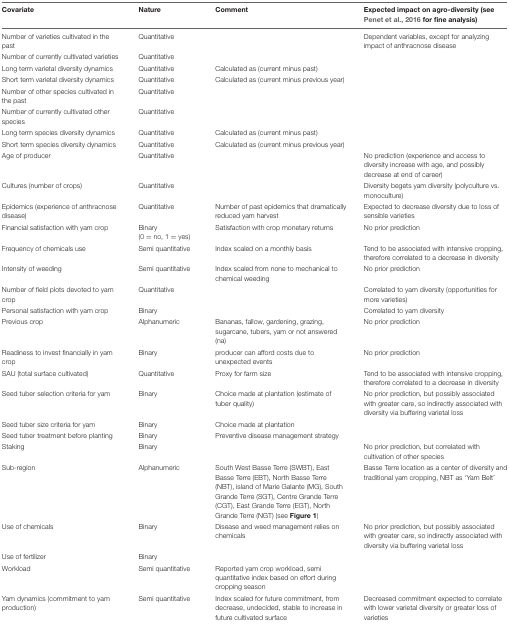
<table><thead><tr><td><b>Covariate</b></td><td><b>Nature</b></td><td><b>Comment</b></td><td><b>Expected impact on agro-diversity (see Penet et al., 2016 for fine analysis)</b></td></tr></thead><tbody><tr><td>Number of varieties cultivated in the past</td><td>Quantitative</td><td></td><td>Dependent variables, except for analyzing impact of anthracnose disease</td></tr><tr><td>Number of currently cultivated varieties</td><td>Quantitative</td><td></td><td></td></tr><tr><td>Long term varietal diversity dynamics</td><td>Quantitative</td><td>Calculated as (current minus past)</td><td></td></tr><tr><td>Short term varietal diversity dynamics</td><td>Quantitative</td><td>Calculated as (current minus previous year)</td><td></td></tr><tr><td>Number of other species cultivated in the past</td><td>Quantitative</td><td></td><td></td></tr><tr><td>Number of currently cultivated other species</td><td>Quantitative</td><td></td><td></td></tr><tr><td>Long term species diversity dynamics</td><td>Quantitative</td><td>Calculated as (current minus past)</td><td></td></tr><tr><td>Short term species diversity dynamics</td><td>Quantitative</td><td>Calculated as (current minus previous year)</td><td></td></tr><tr><td>Age of producer</td><td>Quantitative</td><td></td><td>No prediction (experience and access to diversity increase with age, and possibly decrease at end of career)</td></tr><tr><td>Cultures (number of crops)</td><td>Quantitative</td><td></td><td>Diversity begets yam diversity (polyculture vs. monoculture)</td></tr><tr><td>Epidemics (experience of anthracnose disease)</td><td>Quantitative</td><td>Number of past epidemics that dramatically reduced yam harvest</td><td>Expected to decrease diversity due to loss of sensible varieties</td></tr><tr><td>Financial satisfaction with yam crop</td><td>Binary (0 = no, 1 = yes)</td><td>Satisfaction with crop monetary returns</td><td>No prior prediction</td></tr><tr><td>Frequency of chemicals use</td><td>Semi quantitative</td><td>Index scaled on a monthly basis</td><td>Tend to be associated with intensive cropping, therefore correlated to a decrease in diversity</td></tr><tr><td>Intensity of weeding</td><td>Semi quantitative</td><td>Index scaled from none to mechanical to chemical weeding</td><td>No prior prediction</td></tr><tr><td>Number of field plots devoted to yam crop</td><td>Quantitative</td><td></td><td>Correlated to yam diversity (opportunities for more varieties)</td></tr><tr><td>Personal satisfaction with yam crop</td><td>Binary</td><td></td><td>Correlated to yam diversity</td></tr><tr><td>Previous crop</td><td>Alphanumeric</td><td>Bananas, fallow, gardening, grazing, sugarcane, tubers, yam or not answered (na)</td><td>No prior prediction</td></tr><tr><td>Readiness to invest financially in yam crop</td><td>Binary</td><td>producer can afford costs due to unexpected events</td><td>No prior prediction</td></tr><tr><td>SAU (total surface cultivated)</td><td>Quantitative</td><td>Proxy for farm size</td><td>Tend to be associated with intensive cropping, therefore correlated to a decrease in diversity</td></tr><tr><td>Seed tuber selection criteria for yam</td><td>Binary</td><td>Choice made at plantation (estimate of tuber quality)</td><td>No prior prediction, but possibly associated with greater care, so indirectly associated with diversity via buffering varietal loss</td></tr><tr><td>Seed tuber size criteria for yam</td><td>Binary</td><td>Choice made at plantation</td><td></td></tr><tr><td>Seed tuber treatment before planting</td><td>Binary</td><td>Preventive disease management strategy</td><td></td></tr><tr><td>Staking</td><td>Binary</td><td></td><td>No prior prediction, but correlated with cultivation of other species</td></tr><tr><td>Sub-region</td><td>Alphanumeric</td><td>South West Basse Terre (SWBT), East Basse Terre (EBT), North Basse Terre (NBT), island of Marie Galante (MG), South Grande Terre (SGT), Centre Grande Terre (CGT), East Grande Terre (EGT), North Grande Terre (NGT) (see <b>Figure 1</b>)</td><td>Basse Terre location as a center of diversity and traditional yam cropping, NBT as ‘Yam Belt’</td></tr><tr><td>Use of chemicals</td><td>Binary</td><td>Disease and weed management relies on chemicals</td><td>No prior prediction, but possibly associated with greater care, so indirectly associated with diversity via buffering varietal loss</td></tr><tr><td>Use of fertilizer</td><td>Binary</td><td></td><td></td></tr><tr><td>Workload</td><td>Semi quantitative</td><td>Reported yam crop workload, semi quantitative index based on effort during cropping season</td><td></td></tr><tr><td>Yam dynamics (commitment to yam production)</td><td>Semi quantitative</td><td>Index scaled for future commitment, from decrease, undecided, stable to increase in future cultivated surface</td><td>Decreased commitment expected to correlate with lower varietal diversity or greater loss of varieties</td></tr></tbody></table>